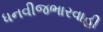
ધનવીજભારવાહી